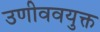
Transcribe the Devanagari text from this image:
उणीववयुक्त